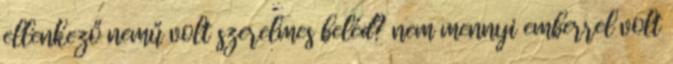
ellenkező nemű volt szerelmes beléd? nem mennyi emberrel volt